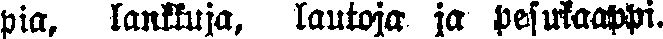
pia, lankkuja, lautoja ja pesukaappi.